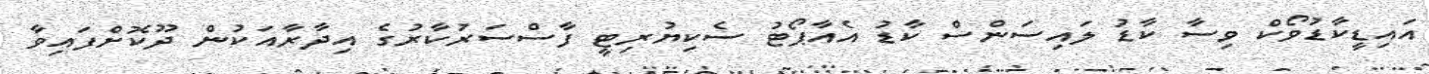
އައިޑީކާޑުވޯކް ވިސާ ކާޑު ލައިސަންސް ކާޑު އެއާޕޯޓު ސެކިޔުރިޓީ ފާސްސަރުކާރުގެ އިދާރާއަކުން ދޫކޮށްފައިވާ